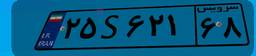
۲۵S۶۲۱۶۸